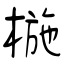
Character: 椸